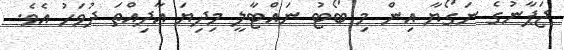
ޖަޕާނުގެ ނަގޯޔާ އިން މި ބޯޓު ނައްޓާލީ މިދިޔަ އާދިއްތަ ދުވަހު އެވެ.